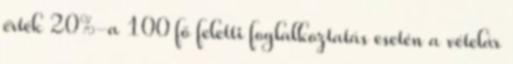
érték 20%-a 100 fő feletti foglalkoztatás esetén a vételár